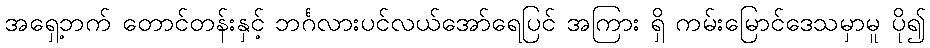
အရှေ့ဘက် တောင်တန်းနှင့် ဘင်္ဂလားပင်လယ်အော်ရေပြင် အကြား ရှိ ကမ်းမြောင်ဒေသမှာမူ ပို၍